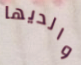
والديها